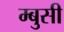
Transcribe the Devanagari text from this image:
म्बुसी